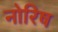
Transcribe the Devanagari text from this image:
नोरिष